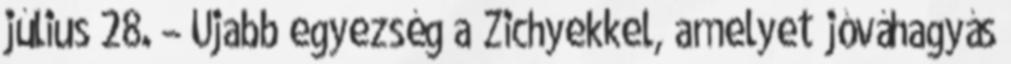
július 28. – Újabb egyezség a Zichyekkel, amelyet jóváhagyás